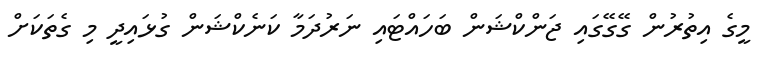
މީގެ އިތުރުން ގޭގޭގައި ޖަންކްޝަން ބަހައްޓައި ނަރުދަމާ ކަނެކްޝަން ގުޅައިދީ މި ގެތަކަށް